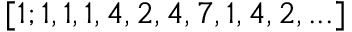
[ 1 ; 1 , 1 , 1 , 4 , 2 , 4 , 7 , 1 , 4 , 2 , . . . ]